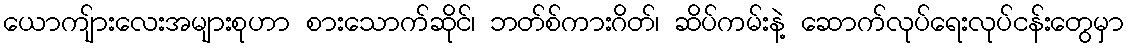
ယောကျ်ားလေးအများစုဟာ စားသောက်ဆိုင်၊ ဘတ်စ်ကားဂိတ်၊ ဆိပ်ကမ်းနဲ့ ဆောက်လုပ်ရေးလုပ်ငန်းတွေမှာ